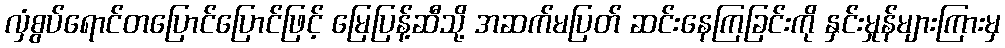
လှံစွပ်ရောင်တပြောင်ပြောင်ဖြင့် မြေပြန့်ဆီသို့ အဆက်မပြတ် ဆင်းနေကြခြင်းကို နှင်းမှုန်များကြားမှ